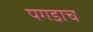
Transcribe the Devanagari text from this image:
पगडाच